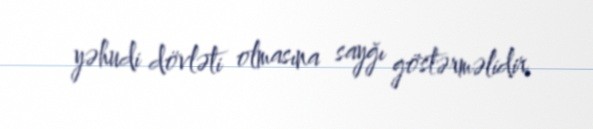
yəhudi dövləti olmasına sayğı göstərməlidir.